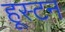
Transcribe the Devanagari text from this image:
हूस्टन